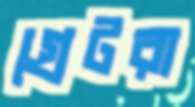
গ্রেটরা